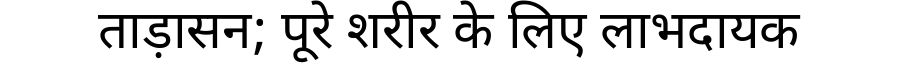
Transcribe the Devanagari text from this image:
ताड़ासन; पूरे शरीर के लिए लाभदायक